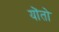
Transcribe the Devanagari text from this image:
योंतो